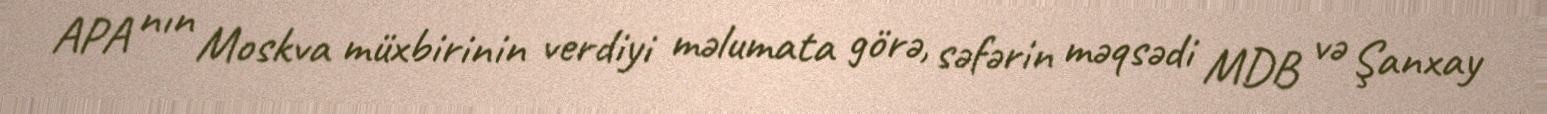
APA nın Moskva müxbirinin verdiyi məlumata görə, səfərin məqsədi MDB və Şanxay